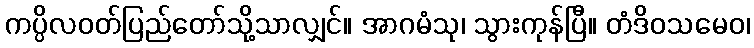
ကပ္ပိလဝတ်ပြည်တော်သို့သာလျှင်။ အာဂမံသု၊ သွားကုန်ပြီ။ တံဒိဝသမေဝ၊